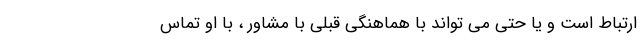
ارتباط است و یا حتی می تواند با هماهنگی قبلی با مشاور ، با او تماس